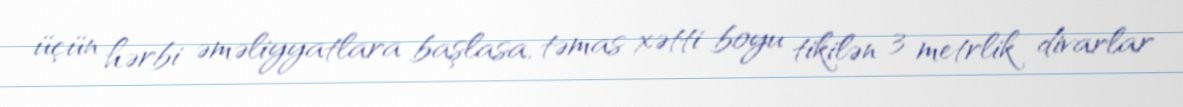
üçün hərbi əməliyyatlara başlasa, təmas xətti boyu tikilən 3 metrlik divarlar